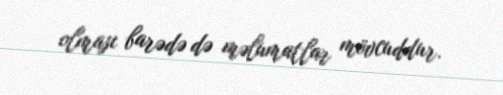
olması barədə də məlumatlar mövcuddur.